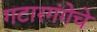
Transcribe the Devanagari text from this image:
गटारगंगेचे